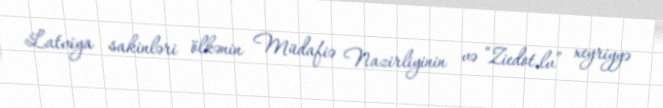
Latviya sakinləri ölkənin Müdafiə Nazirliyinin və “Ziedot.lv” xeyriyyə